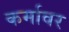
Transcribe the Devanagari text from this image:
कर्मावर